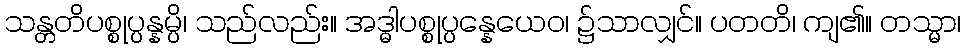
သန္တတိပစ္စုပ္ပန္နမ္ပိ၊ သည်လည်း။ အဒ္ဓါပစ္စုပ္ပန္နေယေဝ၊ ၌သာလျှင်။ ပတတိ၊ ကျ၏။ တသ္မာ၊